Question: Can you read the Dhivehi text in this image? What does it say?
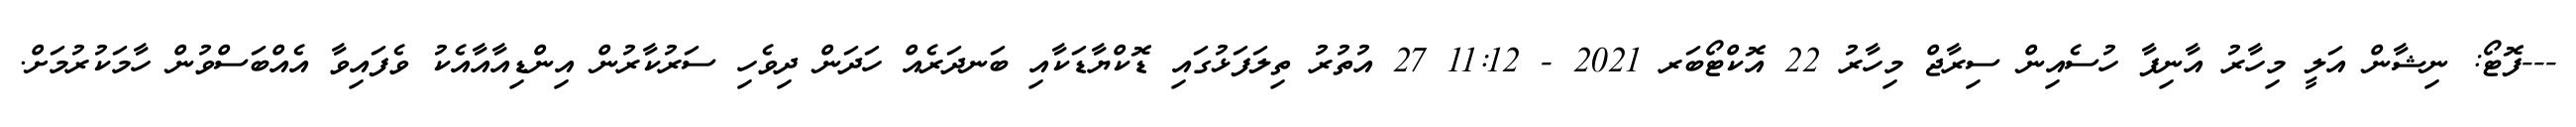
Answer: ---ފޮޓޯ: ނިޝާން އަލީ މިހާރު އާނިފާ ހުސެއިން ސިރާޖް މިހާރު 22 އޮކްޓޯބަރ 2021 - 11:12 27 އުތުރު ތިލަފަޅުގައި ޑޮކްޔާޑަކާއި ބަނދަރެއް ހަދަން ދިވެހި ސަރުކާރުން އިންޑިއާއާއެކު ވެފައިވާ އެއްބަސްވުން ހާމަކުރުމަށް.